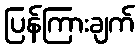
ပြန်ကြားချက်